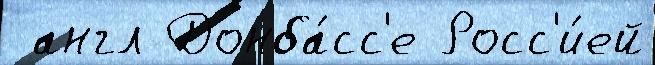
 англ Донба́сс'е Росс'и́ей